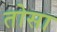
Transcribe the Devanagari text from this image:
तोसा